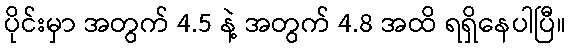
ပိုင်းမှာ အတွက် 4.5 နဲ့ အတွက် 4.8 အထိ ရရှိနေပါပြီ။